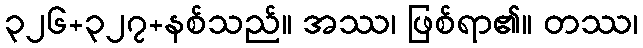
၃၂၆+၃၂၇+နစ်သည်။ အဿ၊ ဖြစ်ရာ၏။ တဿ၊